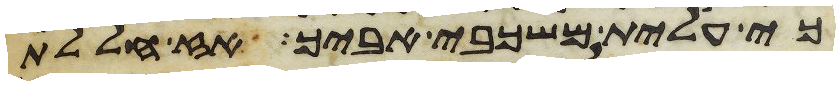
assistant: כי עלית משכבי אביך אז חללת